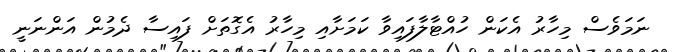
ނަމަވެސް މިހާރު އެކަން ހުއްޓާލާފައިވާ ކަމަށާއި މިހާރު އެގޮތަށް ފައިސާ ދެމުން އަންނަނީ